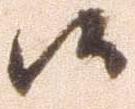
候